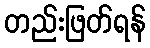
တည်းဖြတ်ရန်